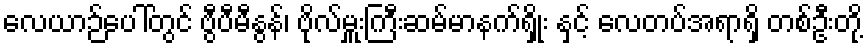
လေယာဉ်ပေါ်တွင် ဗွီပီမီနွန်၊ ဗိုလ်မှူးကြီးဆမ်မာနက်ရှိုး နှင့် လေတပ်အရာရှိ တစ်ဦးတို့